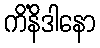
ကိံနိဒါနော